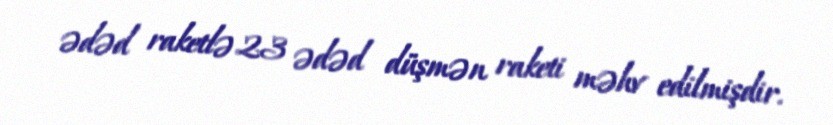
ədəd raketlə 23 ədəd düşmən raketi məhv edilmişdir.